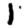
Digit: 1